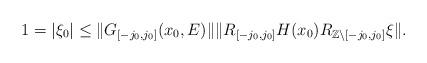
LaTeX: \begin{align*}1=|\xi_{0}|\leq\|G_{[-j_0,j_0]}(x_0,E)\|\|R_{[-j_0,j_0]}H(x_0)R_{\mathbb{Z}\setminus[-j_0,j_0]}\xi\|.\end{align*}